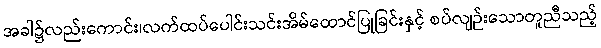
အခါ၌လည်းကောင်း၊လက်ထပ်ပေါင်းသင်းအိမ်ထောင်ပြုခြင်းနှင့် စပ်လျဉ်းသောတူညီသည့်